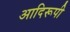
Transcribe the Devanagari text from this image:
आदिरूपी